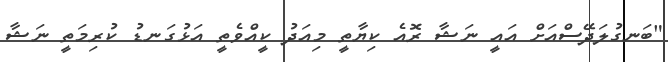
"ބަނގުލަދޭސްއަށް އައީ ނަޝާ ރޮއެ ކިޔާތީ މިއަދު ކީއްވެތީ އަޅުގަނޑު ކުރިމަތީ ނަޝާ